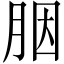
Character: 胭